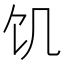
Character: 饥